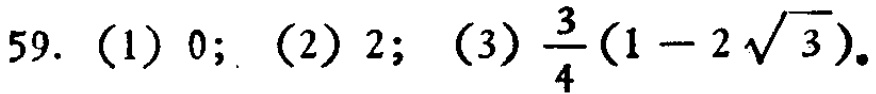
59. （1）$0$; （2）$2$; （3）$\frac{3}{4}(1 - 2\sqrt{3})$.